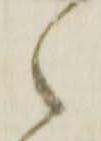
候